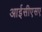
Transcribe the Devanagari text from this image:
आईसीएसए